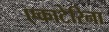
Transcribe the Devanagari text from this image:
एकाटेरिना